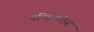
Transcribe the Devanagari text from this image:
एन्तिदादेस